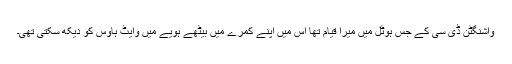
واشنگٹن ڈی سی کے جس ہوٹل میں میرا قیام تھا اس میں اپنے کمرے میں بیٹھے ہویے میں وایٹ ہاوٰس کو دیکھ سکتی تھی۔